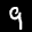
Label: 9